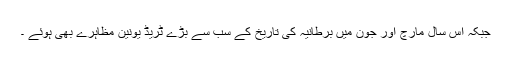
جبکہ اس سال مارچ اور جون میں برطانیہ کی تاریخ کے سب سے بڑے ٹریڈ یونین مظاہرے بھی ہوئے ۔